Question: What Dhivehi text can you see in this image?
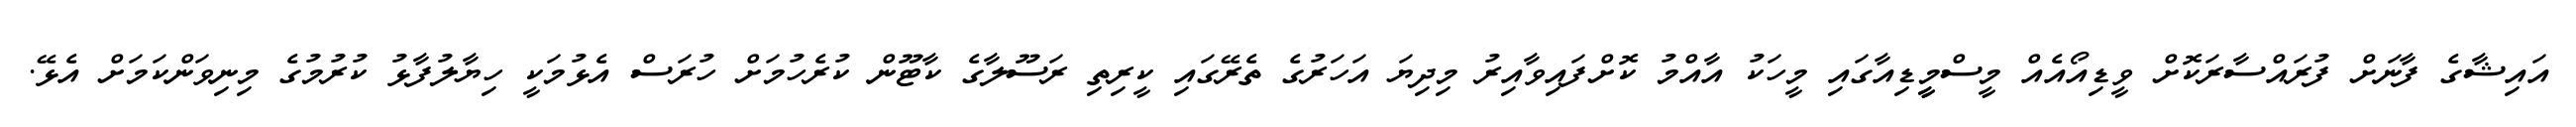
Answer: އައިޝާގެ ފާނަށް ފުރައްސާރަކޮށް ވީޑިއޯއެއް މީސްމީީޑިއާގައި މީހަކު އާއްމު ކޮށްފައިވާއިރު މިދިޔަ އަހަރުގެ ތެރޭގައި ކީރިތި ރަސޫލާގެ ކާޓޫން ކުރެހުމަށް ހުރަސް އެޅުމަކީ ހިޔާލުފާޅު ކުރުމުގެ މިނިވަންކަމަށް އެޅޭ.